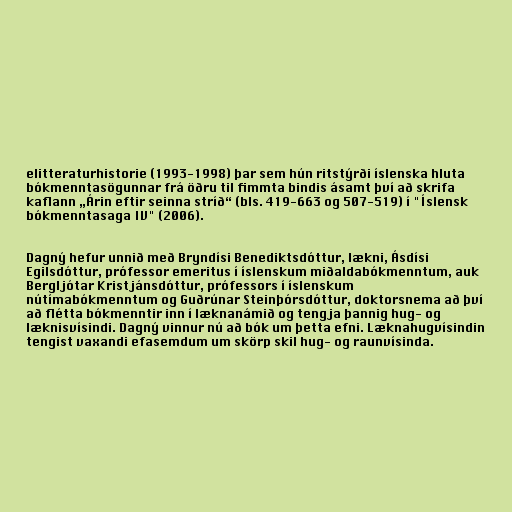
elitteraturhistorie (1993-1998) þar sem hún ritstýrði íslenska hluta
bókmenntasögunnar frá öðru til fimmta bindis ásamt því að skrifa
kaflann „Árin eftir seinna stríð“ (bls. 419-663 og 507-519) í "Íslensk
bókmenntasaga IV" (2006).

Dagný hefur unnið með Bryndísi Benediktsdóttur, lækni, Ásdísi
Egilsdóttur, prófessor emeritus í íslenskum miðaldabókmenntum, auk
Bergljótar Kristjánsdóttur, prófessors í íslenskum
nútímabókmenntum og Guðrúnar Steinþórsdóttur, doktorsnema að því
að flétta bókmenntir inn í læknanámið og tengja þannig hug- og
læknisvísindi. Dagný vinnur nú að bók um þetta efni. Læknahugvísindin
tengist vaxandi efasemdum um skörp skil hug- og raunvísinda.